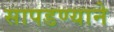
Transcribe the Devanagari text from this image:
सापडण्याने